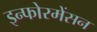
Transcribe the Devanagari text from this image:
इन्फोरमेंसन